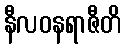
နီလဝနရာဇီတိ